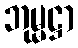
ဘုမ္မဋ္ဌာ